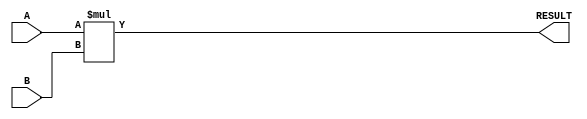
module ParameterizedMultiplier #(
    parameter WIDTH_A = 8,      // Bit-width of first input operand
    parameter WIDTH_B = 8,      // Bit-width of second input operand
    parameter WIDTH_OUT = WIDTH_A + WIDTH_B // Bit-width of output result
)(
    input  wire [WIDTH_A-1:0] A, // First multiplicand
    input  wire [WIDTH_B-1:0] B, // Second multiplicand
    output reg  [WIDTH_OUT-1:0] RESULT // Output product
);

    // Always block to perform multiplication
    always @(*) begin
        // Initialize RESULT to zero
        RESULT = 0;

        // Perform multiplication
        RESULT = A * B;
    end

endmodule